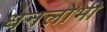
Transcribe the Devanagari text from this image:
धनलोभी